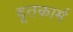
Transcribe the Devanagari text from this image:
दूतकार्म